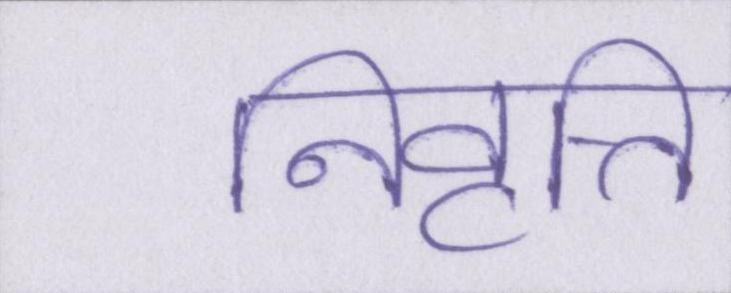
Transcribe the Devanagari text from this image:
निवृत्ति